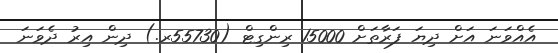
އެއްވަނަ އަށް ދިޔަ ފަރާތަށް 15000 ރިންގިޓް (55730ރ.) ދިން އިރު ދެވަނަ